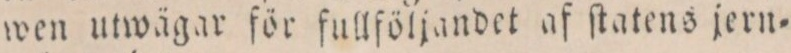
wen utwägar för fullföljandet af ſtatens jern=